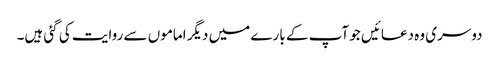
دوسری وہ دعائیں جو آپ کے بارے میں دیگر اماموں سے روایت کی گئی ہیں۔